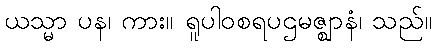
ယသ္မာ ပန၊ ကား။ ရူပါဝစရပဌမဇ္ဈာနံ၊ သည်။